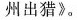
州出猎》。